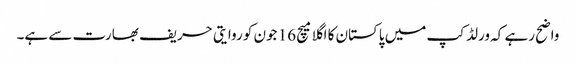
واضح رہے کہ ورلڈ کپ میں پاکستان کا اگلا میچ 16 جون کو روایتی حریف بھارت سے ہے۔